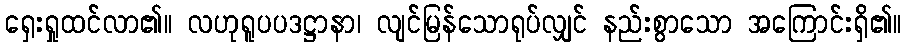
ရှေးရှုထင်လာ၏။ လဟုရူပပဒဋ္ဌာနာ၊ လျင်မြန်သောရုပ်လျှင် နည်းစွာသော အကြောင်းရှိ၏။